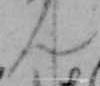
ん